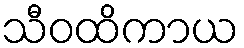
သီဝထိကာယ